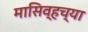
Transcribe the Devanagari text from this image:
मासिव्हच्या